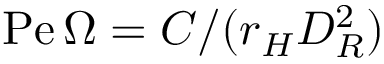
\mathrm { P e } \, \Omega = C / ( r _ { H } D _ { R } ^ { 2 } )